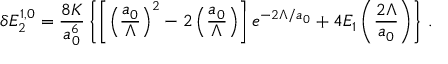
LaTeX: \delta { \cal E } _ { 2 } ^ { 1 , 0 } = \frac { 8 K } { a _ { 0 } ^ { 6 } } \left\{ \left[ \left( \frac { a _ { 0 } } { \Lambda } \right) ^ { 2 } - 2 \left( \frac { a _ { 0 } } { \Lambda } \right) \right] e ^ { - 2 \Lambda / a _ { 0 } } + 4 E _ { 1 } \left( \frac { 2 \Lambda } { a _ { 0 } } \right) \right\} \, { . }